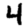
Digit: 4